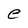
Character: e